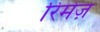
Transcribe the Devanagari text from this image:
रिमेंज़